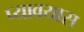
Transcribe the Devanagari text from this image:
प्यावयास